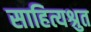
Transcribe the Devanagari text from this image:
साहित्यश्रुत